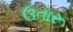
ઉતારૂ